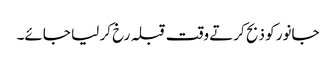
جانور کو ذبح کرتے وقت قبلہ رخ کر لیا جائے۔